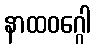
နာထဝဂ္ဂေါ